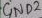
Text: 4ND2